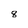
Character: 8